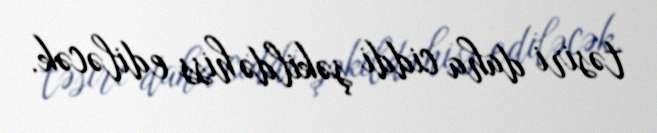
təsiri daha ciddi şəkildə hiss ediləcək.